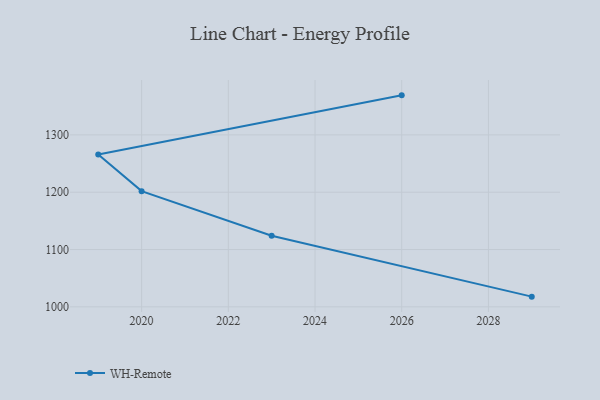
{"axis": {"x": "Year", "y": "Page Views"}, "legend": ["WH-Remote"], "data": [{"x": "2029", "y": 1017.8, "type": "WH-Remote"}, {"x": "2023", "y": 1124.0, "type": "WH-Remote"}, {"x": "2020", "y": 1201.9, "type": "WH-Remote"}, {"x": "2019", "y": 1265.9, "type": "WH-Remote"}, {"x": "2026", "y": 1369.0, "type": "WH-Remote"}]}